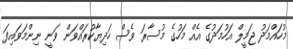
މުހައްމަދު ޖަމީލް އަހުމަދުގެ އެއް މަހުގެ މުސާރަ ވެސް ހަދިޔާކުރައްވަން ވަނީ ނިންމަވައިފަ